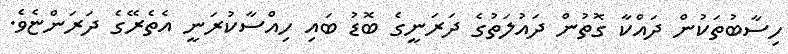
ހިސާބުތަކުން ދައްކާ ގޮތުން ދައުލަތުގެ ދަރަނީގެ ބޮޑު ބައި ހިއްސާކުރަނީ އެތެރޭގެ ދަރަންޏެވެ.